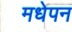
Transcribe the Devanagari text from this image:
मधेपन